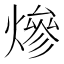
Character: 𤍜